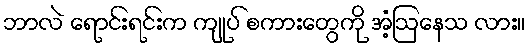
ဘာလဲ ရောင်းရင်းက ကျုပ် စကားတွေကို အံ့ဩနေသ လား။